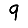
Digit: 9